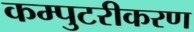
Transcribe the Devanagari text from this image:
कम्पुटरीकरण